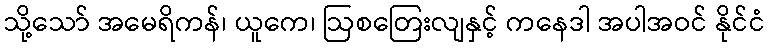
သို့သော် အမေရိကန်၊ ယူကေ၊ ဩစတြေးလျနှင့် ကနေဒါ အပါအဝင် နိုင်ငံ